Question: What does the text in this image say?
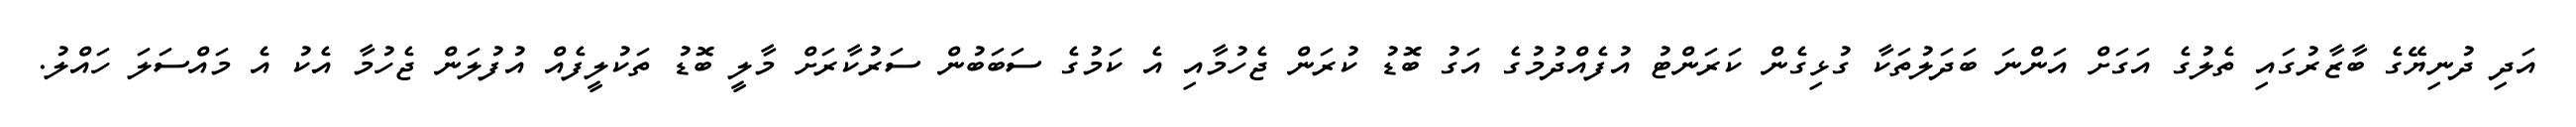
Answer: އަދި ދުނިޔޭގެ ބާޒާރުގައި ތެލުގެ އަގަށް އަންނަ ބަދަލުތަކާ ގުޅިގެން ކަރަންޓު އުފެއްދުމުގެ އަގު ބޮޑު ކުރަން ޖެހުމާއި އެ ކަމުގެ ސަބަބުން ސަރުކާރަށް މާލީ ބޮޑު ތަކުލީފެއް އުފުލަން ޖެހުމާ އެކު އެ މައްސަލަ ހައްލު.